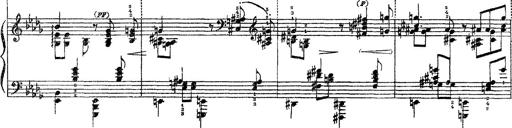
Title: 3 sonetti di Petrarca
Composer: Franz Liszt